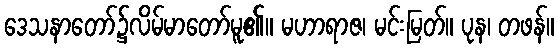
ဒေသနာတော်၌လိမ်မာတော်မူ၏။ မဟာရာဇ၊ မင်းမြတ်။ ပုန၊ တဖန်။